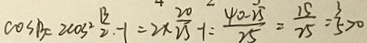
\cos \beta = 2 \cos ^ { 2 } \frac { B } { 2 \cdot } - 1 = 2 \times \frac { 2 0 } { 2 5 } - 1 = \frac { 4 0 - 2 5 } { 2 5 } = \frac { 1 5 } { 2 5 } = \frac { 3 } { 5 } > 0